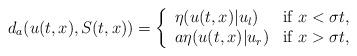
\begin{align*}\begin{aligned}d_a(u(t,x),S(t,x))=\left\{ \begin{array}{ll} \eta (u(t,x)|u_l) & \mbox{if $ x < \sigma t$},\\ a\eta (u(t,x)|u_r) & \mbox{if $ x>\sigma t$},\end{array} \right.\end{aligned}\end{align*}